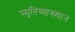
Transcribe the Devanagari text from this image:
स्मृतिव्याख्यान